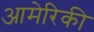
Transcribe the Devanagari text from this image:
आमेरिकी